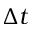
\Delta t